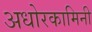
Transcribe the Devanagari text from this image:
अधोरकामिनी